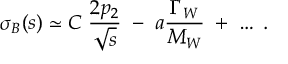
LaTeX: \sigma _ { B } ( s ) \simeq C \; { \frac { 2 p _ { 2 } } { \sqrt { s } } } \; - \; a { \frac { \Gamma _ { W } } { M _ { W } } } \; + \; \ldots \; .